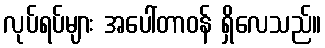
လုပ်ရပ်များ အပေါ်တာဝန် ရှိလေသည်။